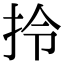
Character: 拎